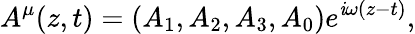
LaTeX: A^{\mu}(z,t)=(A_{1},A_{2},A_{3},A_{0})e^{\mathit{i}\omega(z-t)},